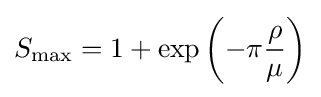
S_{\max }=1+\exp \left(-\pi {\frac {\rho }{\mu }}\right)